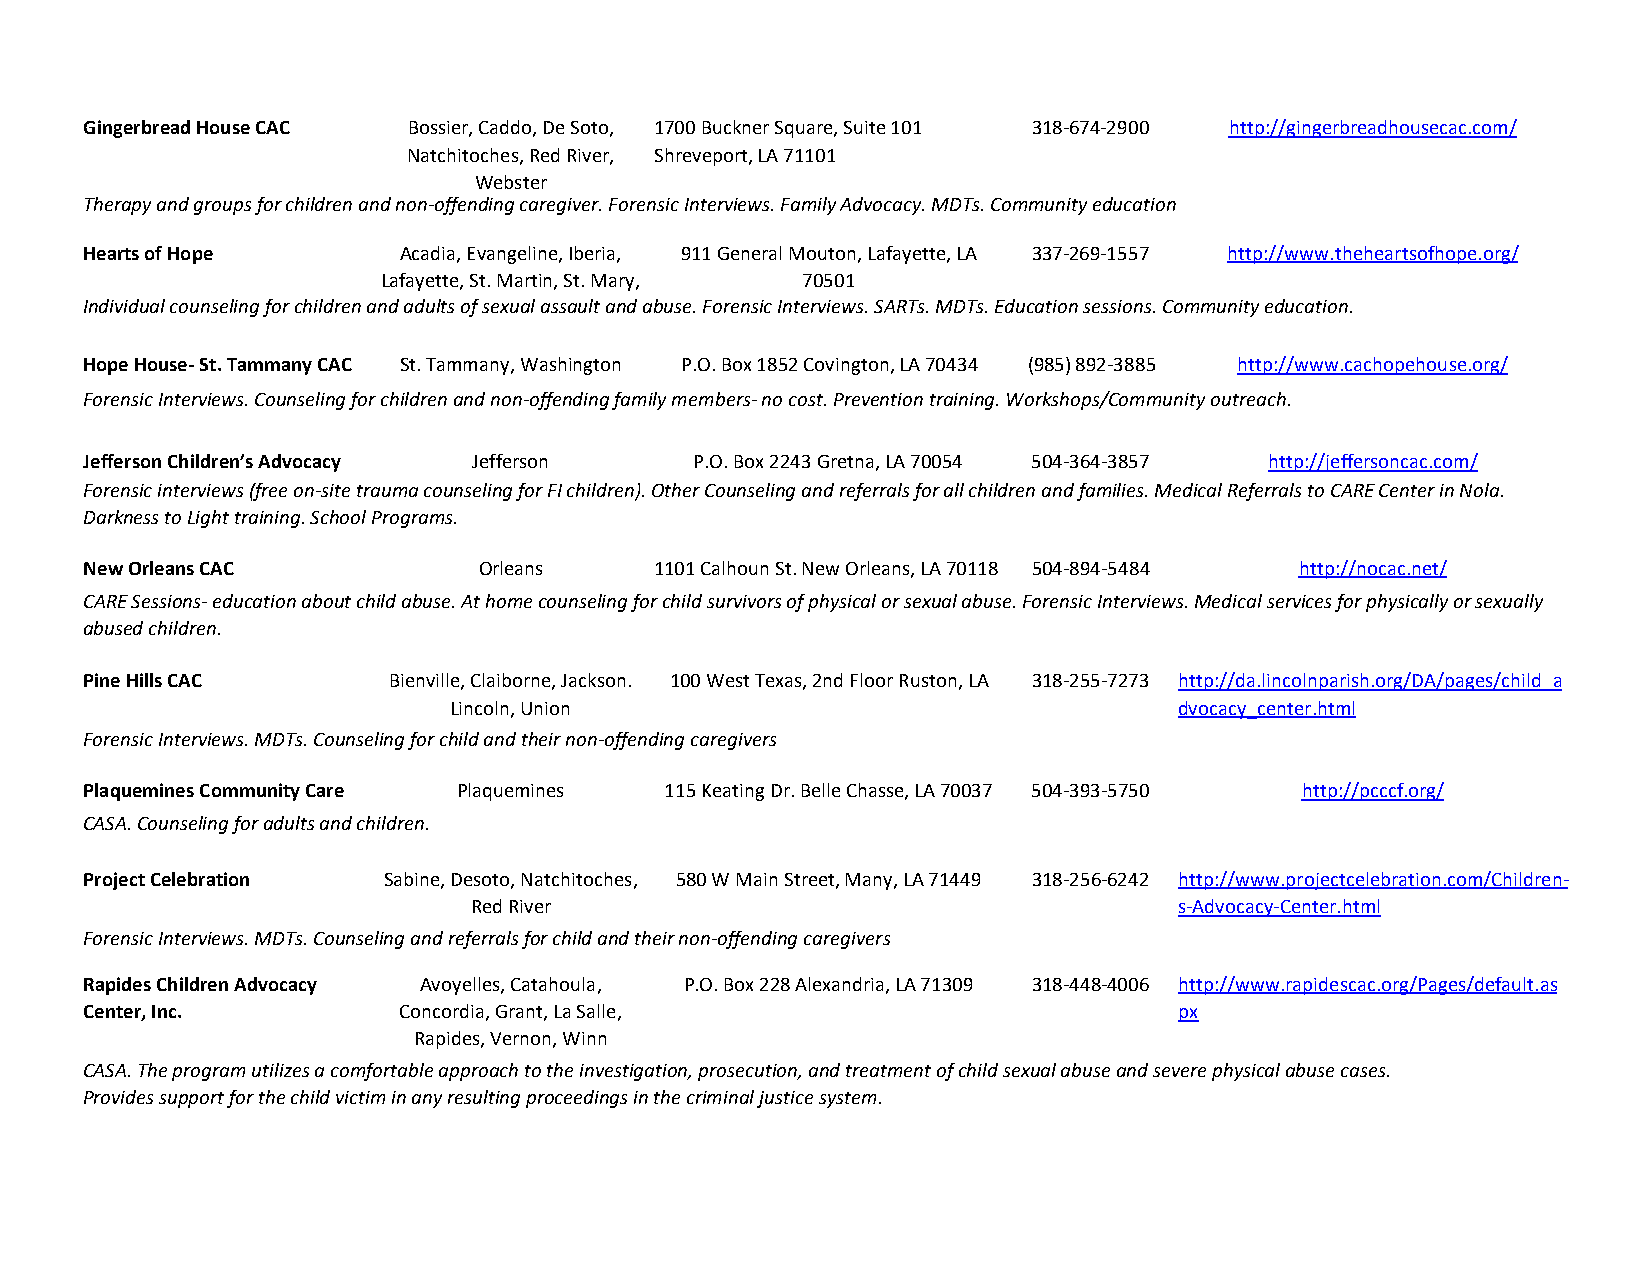
Gingerbread House CAC Bossier, Caddo, De Soto, 1700 Buckner Square, Suite 101 318-674-2900 http://gingerbreadhousecac.com/
 Natchitoches, Red River, Shreveport, LA 71101
 Webster
 Therapy and groups for children and non-offending caregiver. Forensic Interviews. Family Advocacy. MDTs. Community education
 Hearts of Hope      Acadia, Evangeline, Iberia, 911 General Mouton, Lafayette, LA 337-269-1557 http://www.theheartsofhope.org/
 Lafayette, St. Martin, St. Mary, 70501
 Individual counseling for children and adults of sexual assault and abuse. Forensic Interviews. SARTs. MDTs. Education sessions. Community education.
 Hope House- St. Tammany CAC St. Tammany, Washington P.O. Box 1852 Covington, LA 70434 (985) 892-3885 http://www.cachopehouse.org/
 Forensic Interviews. Counseling for children and non-offending family members- no cost. Prevention training. Workshops/Community outreach.
 Jefferson Children’s Advocacy Jefferson P.O. Box 2243 Gretna, LA 70054 504-364-3857 http://jeffersoncac.com/
 Forensic interviews (free on-site trauma counseling for FI children). Other Counseling and referrals for all children and families. Medical Referrals to CARE Center in Nola.
 Darkness to Light training. School Programs.
 New Orleans CAC           Orleans    1101 Calhoun St. New Orleans, LA 70118 504-894-5484 http://nocac.net/
 CARE Sessions- education about child abuse. At home counseling for child survivors of physical or sexual abuse. Forensic Interviews. Medical services for physically or sexually
 abused children.
 Pine Hills CAC      Bienville, Claiborne, Jackson. 100 West Texas, 2nd Floor Ruston, LA 318-255-7273 http://da.lincolnparish.org/DA/pages/child_a
 Lincoln, Union                                  dvocacy_center.html
 Forensic Interviews. MDTs. Counseling for child and their non-offending caregivers
 Plaquemines Community Care Plaquemines 115 Keating Dr. Belle Chasse, LA 70037 504-393-5750 http://pcccf.org/
 CCAenSAte. rCounseling for adults and children.
 Project Celebration Sabine, Desoto, Natchitoches, 580 W Main Street, Many, LA 71449 318-256-6242 http://www.projectcelebration.com/Children-
 Red River                                      s-Advocacy-Center.html
 Forensic Interviews. MDTs. Counseling and referrals for child and their non-offending caregivers
 Rapides Children Advocacy Avoyelles, Catahoula, P.O. Box 228 Alexandria, LA 71309 318-448-4006 http://www.rapidescac.org/Pages/default.as
 Center, Inc.        Concordia, Grant, La Salle,                         px
 Rapides, Vernon, Winn
 CASA. The program utilizes a comfortable approach to the investigation, prosecution, and treatment of child sexual abuse and severe physical abuse cases.
 Provides support for the child victim in any resulting proceedings in the criminal justice system.